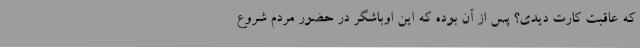
که عاقبت کارت دیدی؟ پس از آن بوده که این اوباشگر در حضور مردم شروع